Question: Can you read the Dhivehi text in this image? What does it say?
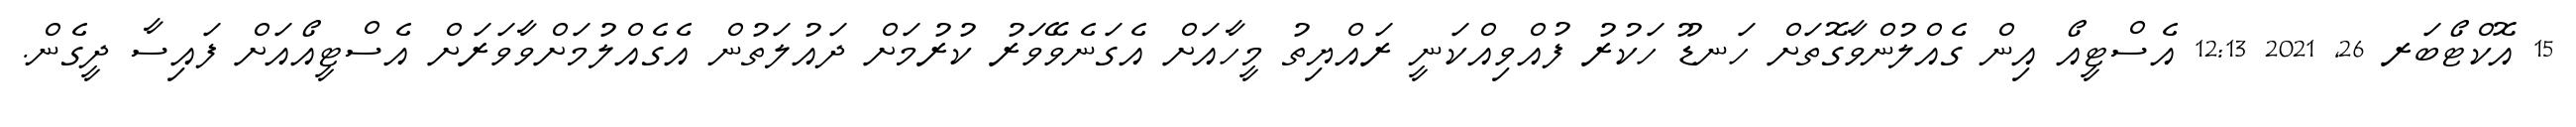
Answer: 15 އޮކްޓޯބަރ 26, 2021 12:13 އެސްޓީއޯ އިން ގެއްލުންވާގޮތަށް ހަނޑޫ ހަކުރު ފުއްވިއްކަނީ ރައްޔިތު މީހާއަށް އެގަނެވޭވަރު ކުރުމަށް ދައުލަތުން އެގެއްލުމަށްވާވަރަށް އެސްޓީއޯއަށް ފައިސާ ދީގެން.